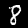
Label: 8